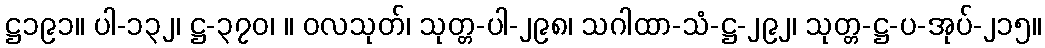
ဋ္ဌ၁၉၁။ ပါ-၁၃၂၊ ဋ္ဌ-၃၇၀၊ ။ ဝလသုတ်၊ သုတ္တ-ပါ-၂၉၈၊ သဂါထာ-သံ-ဋ္ဌ-၂၉၂၊ သုတ္တ-ဋ္ဌ-ပ-အုပ်-၂၁၅။